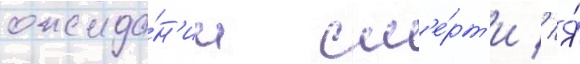
ожида́н'ии см'е́рт'и // Я́